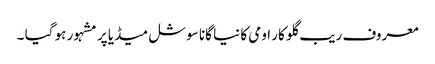
معروف ریب گلو کار اومی کا نیا گانا سوشل میڈیا پر مشہور ہو گیا ۔